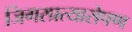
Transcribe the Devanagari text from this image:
जिगरप्रत्यारोपण